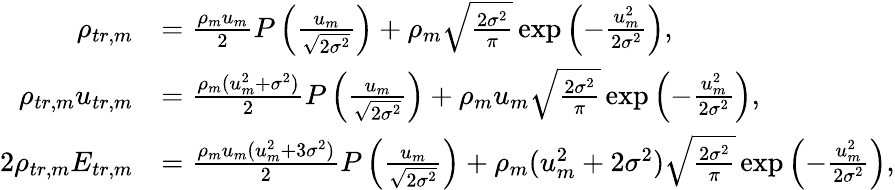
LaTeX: \begin{array}{rl}{\rho_{tr,m}}&{=\frac{\rho_{m}u_{m}}{2}P\left(\frac{u_{m}}{\sqrt{2\sigma^{2}}}\right)+\rho_{m}\sqrt{\frac{2\sigma^{2}}{\pi}}\exp\left(-\frac{u_{m}^{2}}{2\sigma^{2}}\right),}\\ {\rho_{tr,m}u_{tr,m}}&{=\frac{\rho_{m}(u_{m}^{2}+\sigma^{2})}{2}P\left(\frac{u_{m}}{\sqrt{2\sigma^{2}}}\right)+\rho_{m}u_{m}\sqrt{\frac{2\sigma^{2}}{\pi}}\exp\left(-\frac{u_{m}^{2}}{2\sigma^{2}}\right),}\\ {2\rho_{tr,m}E_{tr,m}}&{=\frac{\rho_{m}u_{m}(u_{m}^{2}+3\sigma^{2})}{2}P\left(\frac{u_{m}}{\sqrt{2\sigma^{2}}}\right)+\rho_{m}(u_{m}^{2}+2\sigma^{2})\sqrt{\frac{2\sigma^{2}}{\pi}}\exp\left(-\frac{u_{m}^{2}}{2\sigma^{2}}\right),}\end{array}